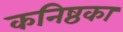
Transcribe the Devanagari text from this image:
कनिष्ठका